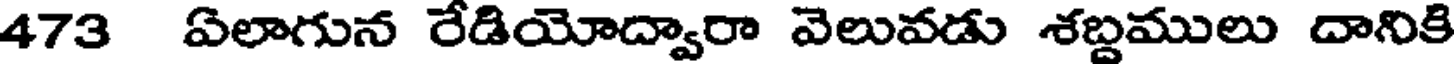
473 ఏలాగున రేడియోద్వారా వెలువడు శబ్దములు దానికి